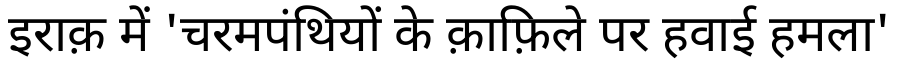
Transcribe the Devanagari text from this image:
इराक़ में 'चरमपंथियों के क़ाफ़िले पर हवाई हमला'